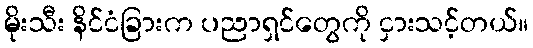
မိုးသီး နိင်ငံခြားက ပညာရှင်တွေကို ငှားသင့်တယ်။